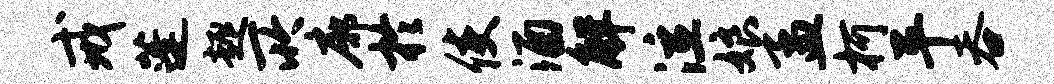
戒蓬趣所廓於使酒解泣娘孟柯平吞